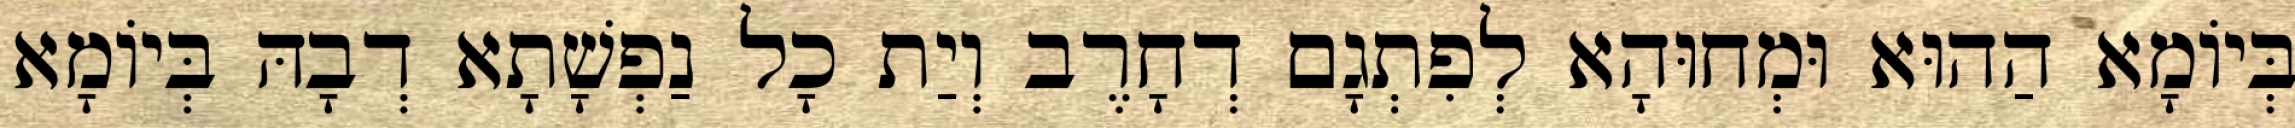
בְּיוֹמָא הַהוּא וּמְחוּהָא לְפִתְגָם דְחָרֶב וְיַת כָל נַפְשָׁתָא דְבָהּ בְּיוֹמָא